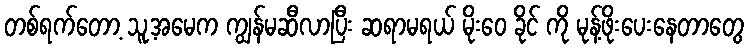
တစ်ရက်တော့ သူ့အမေက ကျွန်မဆီလာပြီး ဆရာမရယ် မိုးဝေ ခိုင် ကို မုန့်ဖိုးပေးနေတာတွေ